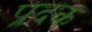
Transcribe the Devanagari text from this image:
प्रदक